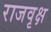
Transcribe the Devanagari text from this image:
राजवृक्ष